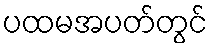
ပထမအပတ်တွင်